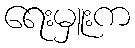
ရေးမှူးက